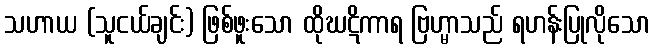
သဟာယ (သူငယ်ချင်း) ဖြစ်ဖူးသော ထိုဃဋိကာရ ဗြဟ္မာသည် ရဟန်းပြုလိုသော